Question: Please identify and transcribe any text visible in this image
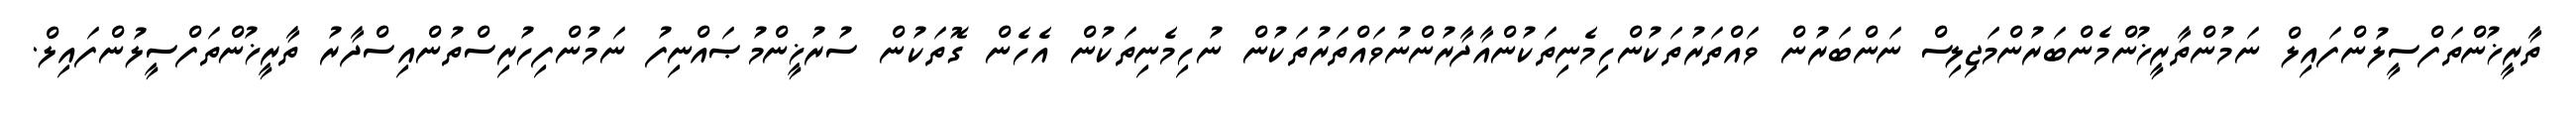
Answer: ތާރީޚުންތަފްސީލުންފައިލް ނަމުންތާރީޚުންމެންބަރުންމަޖިލިސް ނަންބަރުން ވައްތަރުތަކުންހިމެނިތަކުންއާދާރުންނުވައްތަރުތަކުން ނުހިމެނިތަކުން އެހެން ގޮތަކުން ސުރުޚީންމުޞައްނިފު ނަމުންފިހުރިސްތުންއިސްދާރު ތާރީޚުންތަފްސީލުންފައިލް.